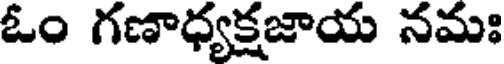
ఓం గణాధ్యక్షజాయ నమః